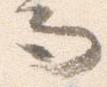
而